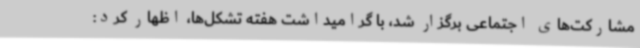
مشارکت‌های اجتماعی برگزار شد، با گرامیداشت هفته تشکل‌ها، اظهار کرد: